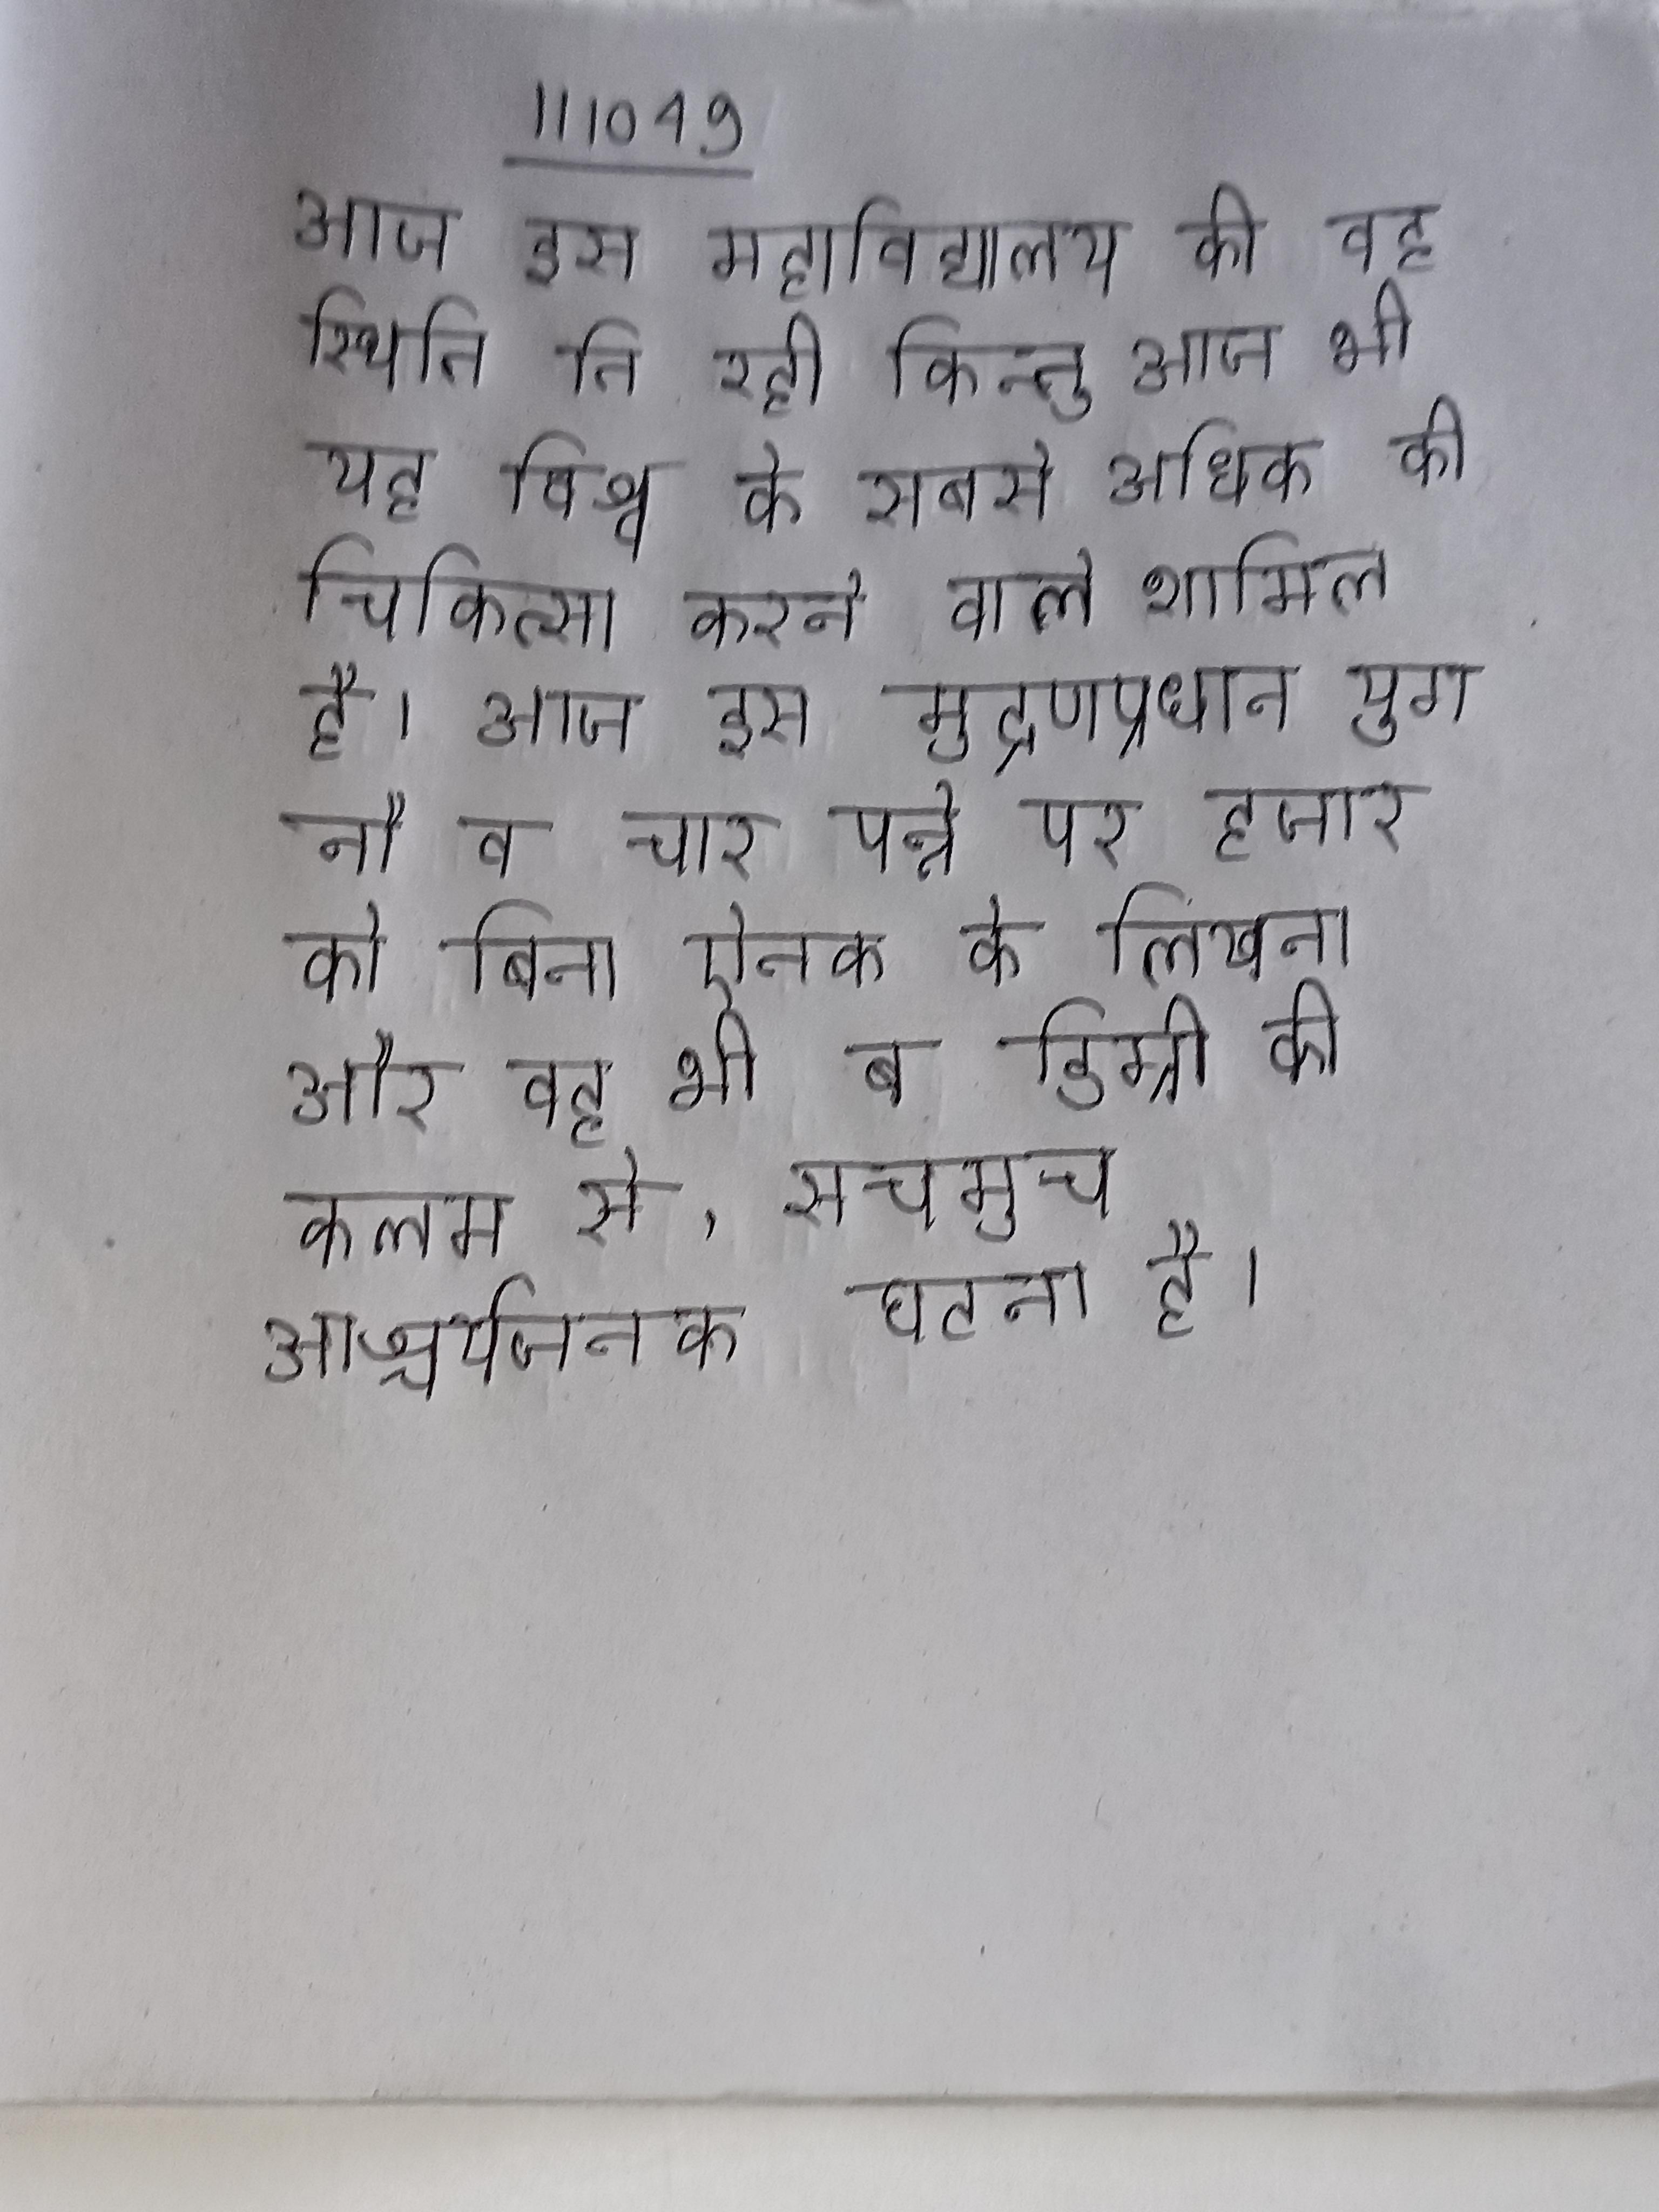
आज इस महाविद्यालय की वह स्थिति ति रही किन्तु आज भी यह विश्व के सबसे अधिक की चिकित्सा करने वाले शामिल है । आज इस मुद्रणप्रधान युग नौ व चार पन्ने पर हजार को बिना ऐनक के लिखना और वह भी ब डिग्री की कलम से, सचमुच आश्चर्यजनक घटना है ।